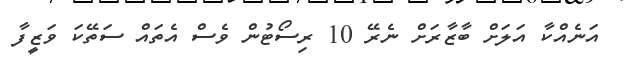
އަނެއްކާ އަލަށް ބާޒާރަށް ނެރޭ 10 ރިސޯޓުން ވެސް އެތައް ސަތޭކަ ވަޒީފާ